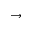
\rightarrow